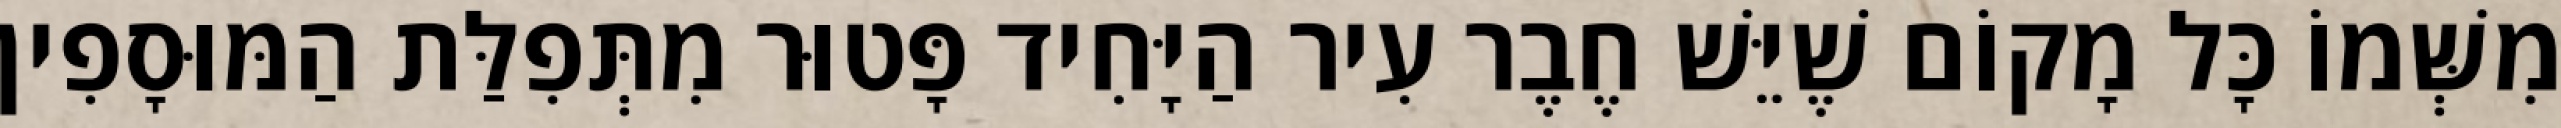
מִשְּׁמוֹ כָּל מָקוֹם שֶׁיֵּשׁ חֶבֶר עִיר הַיָּחִיד פָּטוּר מִתְּפִלַּת הַמּוּסָפִין